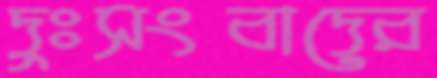
দুঃসংবাদের